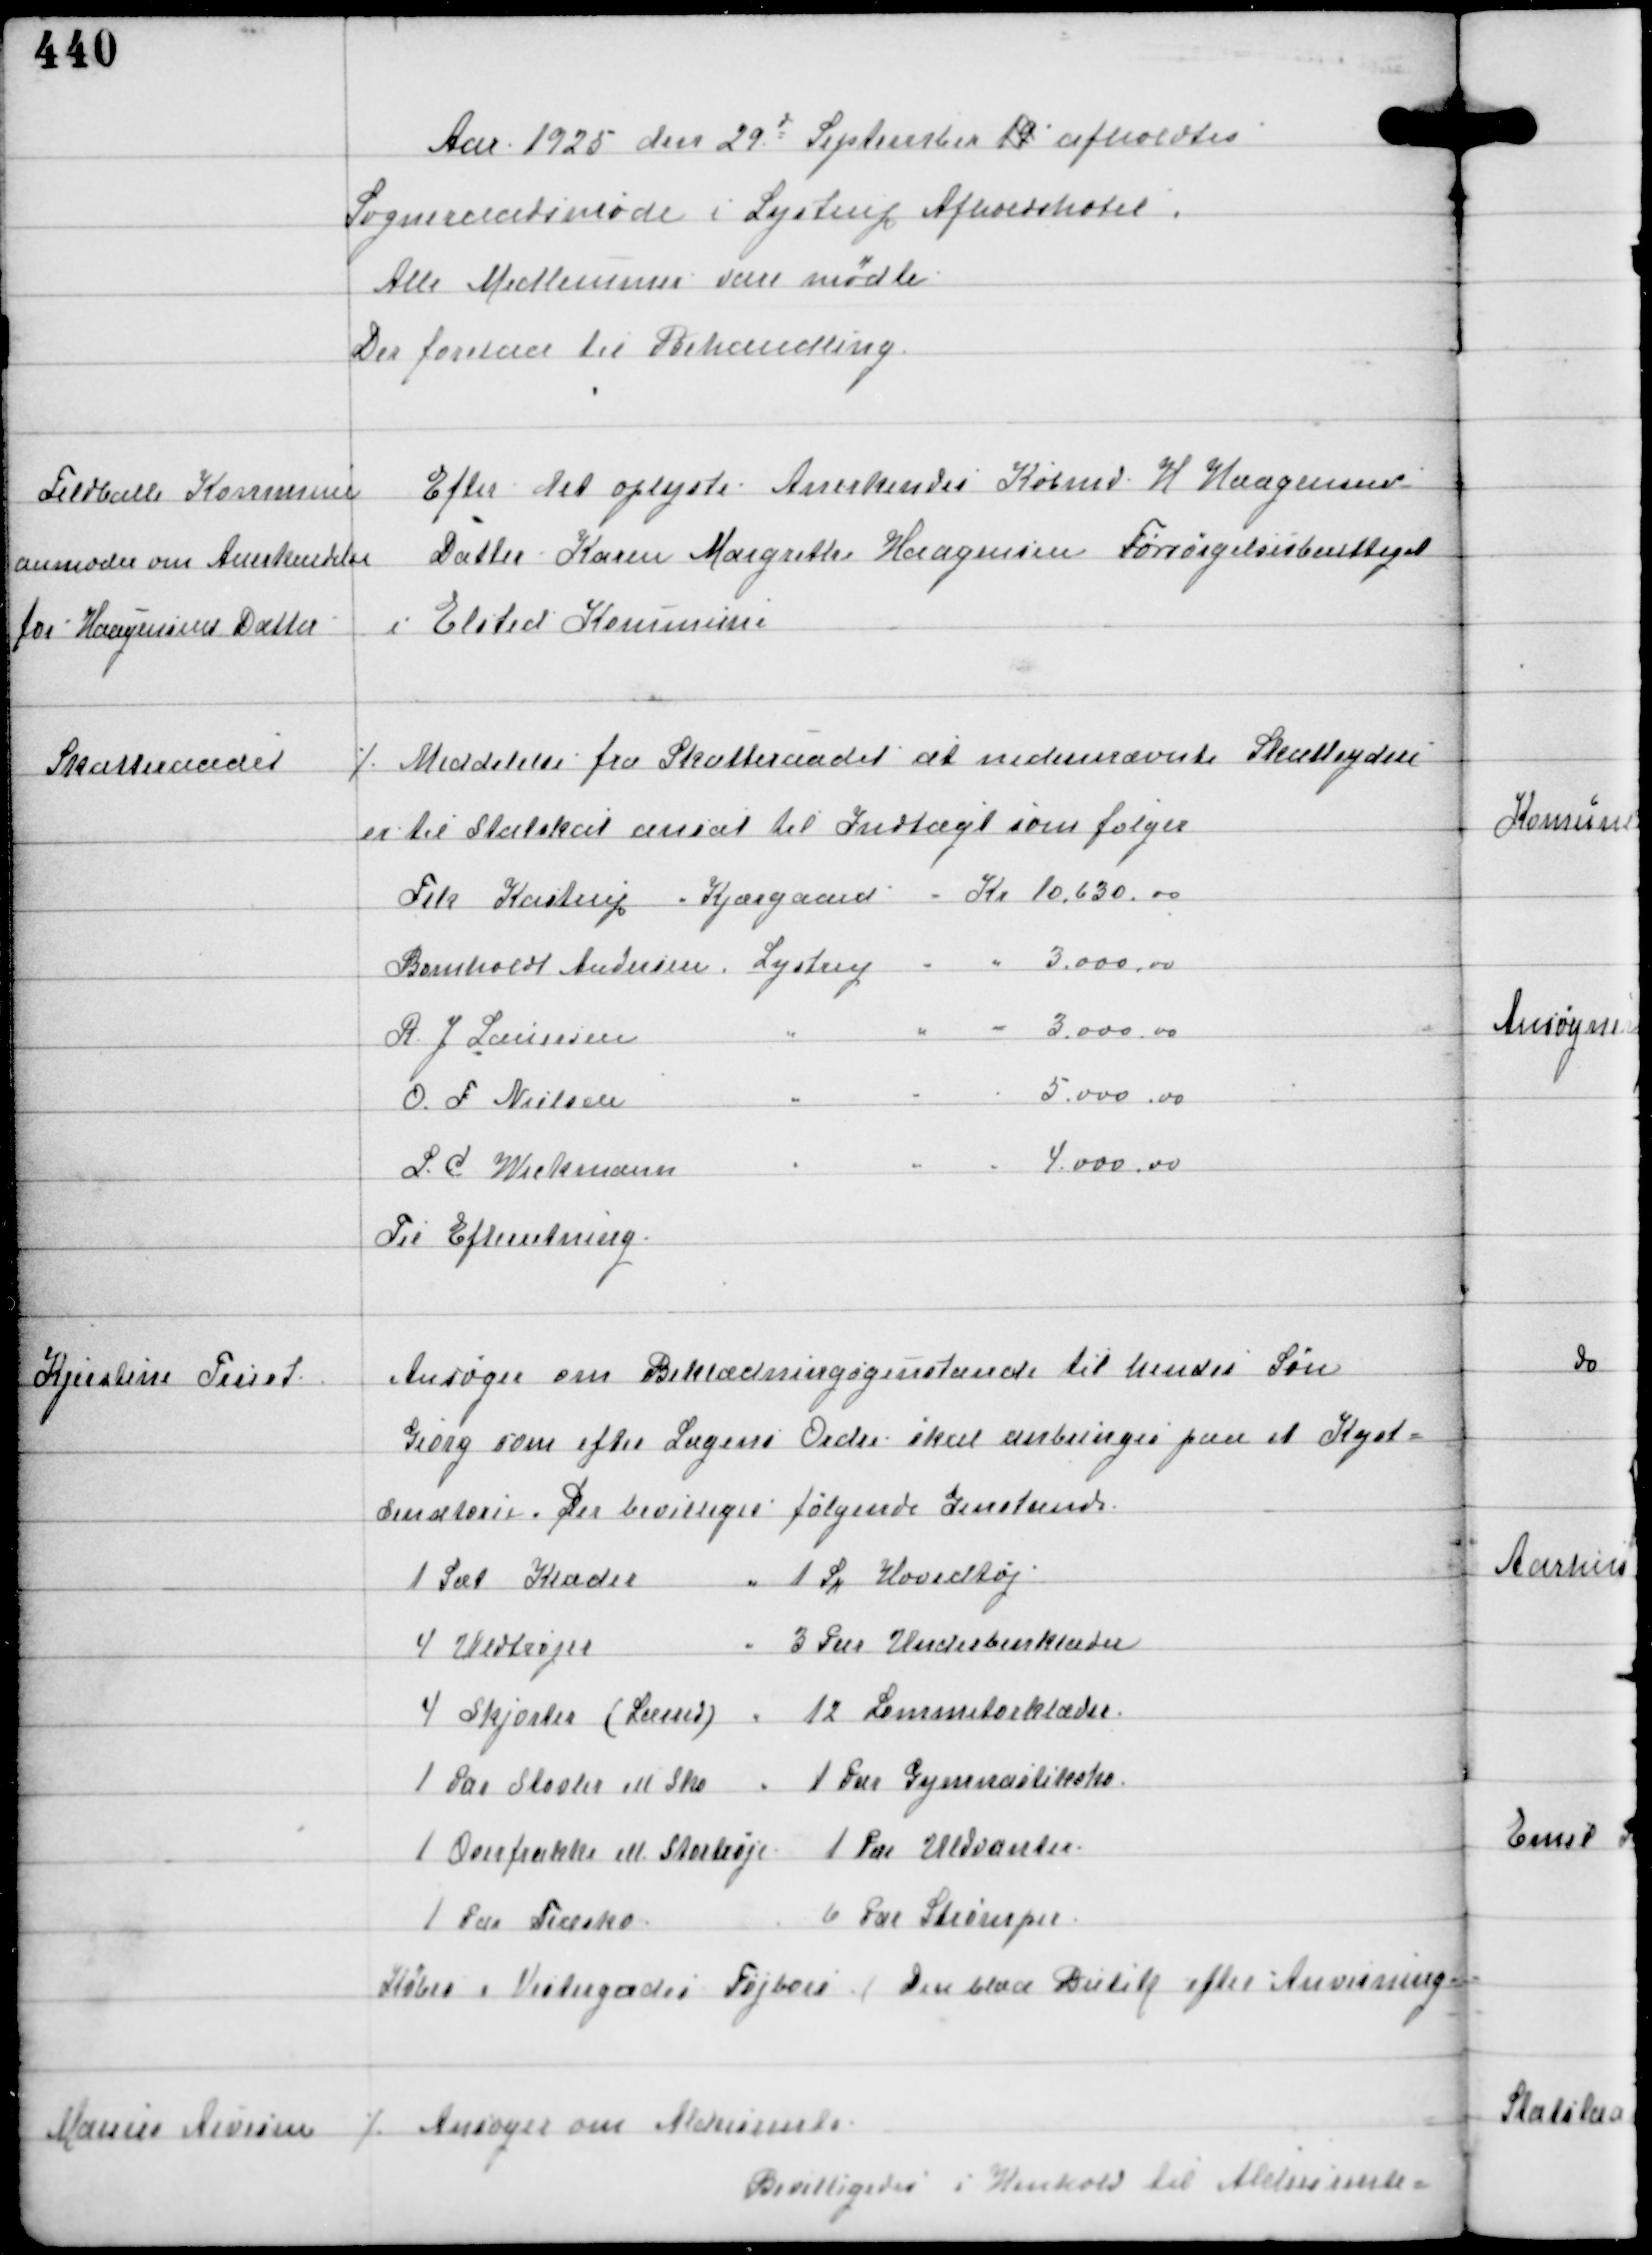
Transskription:
Aar 1925 den 29d September 19 afholdtes
Sogneraadsmøde i Lystrup Afholdshotel.
Alle Medlemmer vare mødte
Der forelaa til Behandling

Feldballe Kommune
anmoder om Anerkendelse
for Haagensens Datter

Efter det oplyste Anerkendes Købmd Haagensens
Datter Karen Margrethe Haagensen Forsørgelsesberettiget
i Elsted Kommune

Skatteraadet

⁒ Meddelelse fra Skatteraadet at nedennævnte Skatteydere
er til Statskat ansat til Indtægt som følger

Til Efterretning.

Kjerstine Trust

Ansøger om Beklædningsgenstande til hendes Søn
Georg som efter Lægens Ordre skal anbringes på et Kyst-
senatorie. Der bevilliges følgende Genstande

Købes i Vestergades Tøjbod Den blaa Butik efter Anvisning

Marius Arnesen

⁒ Ansøger om Aldersrente
Bevilligedes i Henhold til Aldersrente-